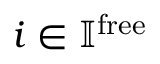
i \in \mathbb { I } ^ { \mathrm { f r e e } }